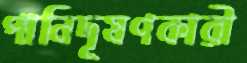
পানিদূষণকারী